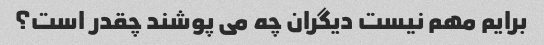
برایم مهم نیست دیگران چه می پوشند چقدر است؟